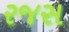
રજસ